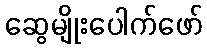
ဆွေမျိုးပေါက်ဖော်